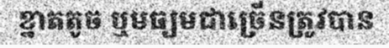
ខ្នាតតូច ឬមធ្យមជាច្រើនត្រូវបាន